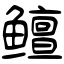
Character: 鳣